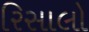
રિસાલો